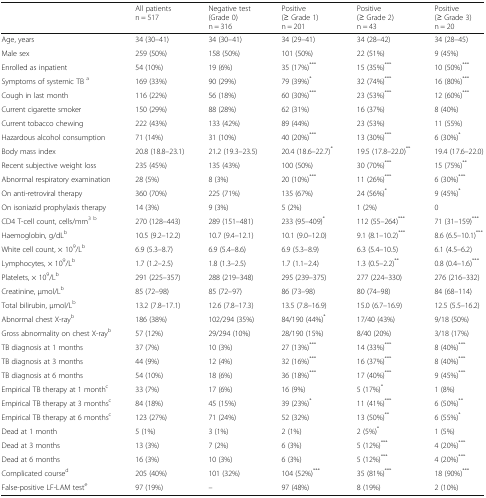
<table><thead><tr><td></td><td><b>All patientsn = 517</b></td><td><b>Negative test(Grade 0)n = 316</b></td><td><b>Positive(≥ Grade 1)n = 201</b></td><td><b>Positive(≥ Grade 2)n = 43</b></td><td><b>Positive(≥ Grade 3)n = 20</b></td></tr></thead><tbody><tr><td>Age, years</td><td>34 (30–41)</td><td>34 (30–41)</td><td>34 (29–41)</td><td>34 (28–42)</td><td>34 (28–45)</td></tr><tr><td>Male sex</td><td>259 (50%)</td><td>158 (50%)</td><td>101 (50%)</td><td>22 (51%)</td><td>9 (45%)</td></tr><tr><td>Enrolled as inpatient</td><td>54 (10%)</td><td>19 (6%)</td><td>35 (17%)<sup>***</sup></td><td>15 (35%)<sup>***</sup></td><td>10 (50%)<sup>***</sup></td></tr><tr><td>Symptoms of systemic TB <sup>a</sup></td><td>169 (33%)</td><td>90 (29%)</td><td>79 (39%)<sup>*</sup></td><td>32 (74%)<sup>***</sup></td><td>16 (80%)<sup>***</sup></td></tr><tr><td>Cough in last month</td><td>116 (22%)</td><td>56 (18%)</td><td>60 (30%)<sup>***</sup></td><td>23 (53%)<sup>***</sup></td><td>12 (60%)<sup>***</sup></td></tr><tr><td>Current cigarette smoker</td><td>150 (29%)</td><td>88 (28%)</td><td>62 (31%)</td><td>16 (37%)</td><td>8 (40%)</td></tr><tr><td>Current tobacco chewing</td><td>222 (43%)</td><td>133 (42%)</td><td>89 (44%)</td><td>23 (53%)</td><td>11 (55%)</td></tr><tr><td>Hazardous alcohol consumption</td><td>71 (14%)</td><td>31 (10%)</td><td>40 (20%)<sup>***</sup></td><td>13 (30%)<sup>***</sup></td><td>6 (30%)<sup>*</sup></td></tr><tr><td>Body mass index</td><td>20.8 (18.8–23.1)</td><td>21.2 (19.3–23.5)</td><td>20.4 (18.6–22.7)<sup>*</sup></td><td>19.5 (17.8–22.0)<sup>**</sup></td><td>19.4 (17.6–22.0)</td></tr><tr><td>Recent subjective weight loss</td><td>235 (45%)</td><td>135 (43%)</td><td>100 (50%)</td><td>30 (70%)<sup>***</sup></td><td>15 (75%)<sup>**</sup></td></tr><tr><td>Abnormal respiratory examination</td><td>28 (5%)</td><td>8 (3%)</td><td>20 (10%)<sup>***</sup></td><td>11 (26%)<sup>***</sup></td><td>6 (30%)<sup>***</sup></td></tr><tr><td>On anti-retroviral therapy</td><td>360 (70%)</td><td>225 (71%)</td><td>135 (67%)</td><td>24 (56%)<sup>*</sup></td><td>9 (45%)<sup>*</sup></td></tr><tr><td>On isoniazid prophylaxis therapy</td><td>14 (3%)</td><td>9 (3%)</td><td>5 (2%)</td><td>1 (2%)</td><td>0</td></tr><tr><td>CD4 T-cell count, cells/mm<sup>3</sup><sup>b</sup></td><td>270 (128–443)</td><td>289 (151–481)</td><td>233 (95–409)<sup>*</sup></td><td>112 (55–264)<sup>***</sup></td><td>71 (31–159)<sup>***</sup></td></tr><tr><td>Haemoglobin, g/dL<sup>b</sup></td><td>10.5 (9.2–12.2)</td><td>10.7 (9.4–12.1)</td><td>10.1 (9.0–12.0)</td><td>9.1 (8.1–10.2)<sup>***</sup></td><td>8.6 (6.5–10.1)<sup>***</sup></td></tr><tr><td>White cell count, × 10<sup>9</sup>/L<sup>b</sup></td><td>6.9 (5.3–8.7)</td><td>6.9 (5.4–8.6)</td><td>6.9 (5.3–8.9)</td><td>6.3 (5.4–10.5)</td><td>6.1 (4.5–6.2)</td></tr><tr><td>Lymphocytes, × 10<sup>9</sup>/L<sup>b</sup></td><td>1.7 (1.2–2.5)</td><td>1.8 (1.3–2.5)</td><td>1.7 (1.1–2.4)</td><td>1.3 (0.5–2.2)<sup>**</sup></td><td>0.8 (0.4–1.6)<sup>***</sup></td></tr><tr><td>Platelets, × 10<sup>9</sup>/L<sup>b</sup></td><td>291 (225–357)</td><td>288 (219–348)</td><td>295 (239–375)</td><td>277 (224–330)</td><td>276 (216–332)</td></tr><tr><td>Creatinine, μmol/L<sup>b</sup></td><td>85 (72–98)</td><td>85 (72–97)</td><td>86 (73–98)</td><td>80 (74–98)</td><td>84 (68–114)</td></tr><tr><td>Total bilirubin, μmol/L<sup>b</sup></td><td>13.2 (7.8–17.1)</td><td>12.6 (7.8–17.3)</td><td>13.5 (7.8–16.9)</td><td>15.0 (6.7–16.9)</td><td>12.5 (5.5–16.2)</td></tr><tr><td>Abnormal chest X-ray<sup>b</sup></td><td>186 (38%)</td><td>102/294 (35%)</td><td>84/190 (44%)<sup>*</sup></td><td>17/40 (43%)</td><td>9/18 (50%)</td></tr><tr><td>Gross abnormality on chest X-ray<sup>b</sup></td><td>57 (12%)</td><td>29/294 (10%)</td><td>28/190 (15%)</td><td>8/40 (20%)</td><td>3/18 (17%)</td></tr><tr><td>TB diagnosis at 1 months</td><td>37 (7%)</td><td>10 (3%)</td><td>27 (13%)<sup>***</sup></td><td>14 (33%)<sup>***</sup></td><td>8 (40%)<sup>***</sup></td></tr><tr><td>TB diagnosis at 3 months</td><td>44 (9%)</td><td>12 (4%)</td><td>32 (16%)<sup>***</sup></td><td>16 (37%)<sup>***</sup></td><td>8 (40%)<sup>***</sup></td></tr><tr><td>TB diagnosis at 6 months</td><td>54 (10%)</td><td>18 (6%)</td><td>36 (18%)<sup>***</sup></td><td>17 (40%)<sup>***</sup></td><td>9 (45%)<sup>***</sup></td></tr><tr><td>Empirical TB therapy at 1 month<sup>c</sup></td><td>33 (7%)</td><td>17 (6%)</td><td>16 (9%)</td><td>5 (17%)<sup>*</sup></td><td>1 (8%)</td></tr><tr><td>Empirical TB therapy at 3 months<sup>c</sup></td><td>84 (18%)</td><td>45 (15%)</td><td>39 (23%)<sup>*</sup></td><td>11 (41%)<sup>***</sup></td><td>6 (50%)<sup>**</sup></td></tr><tr><td>Empirical TB therapy at 6 months<sup>c</sup></td><td>123 (27%)</td><td>71 (24%)</td><td>52 (32%)</td><td>13 (50%)<sup>**</sup></td><td>6 (55%)<sup>*</sup></td></tr><tr><td>Dead at 1 month</td><td>5 (1%)</td><td>3 (1%)</td><td>2 (1%)</td><td>2 (5%)<sup>*</sup></td><td>1 (5%)</td></tr><tr><td>Dead at 3 months</td><td>13 (3%)</td><td>7 (2%)</td><td>6 (3%)</td><td>5 (12%)<sup>***</sup></td><td>4 (20%)<sup>***</sup></td></tr><tr><td>Dead at 6 months</td><td>16 (3%)</td><td>10 (3%)</td><td>6 (3%)</td><td>5 (12%)<sup>***</sup></td><td>4 (20%)<sup>***</sup></td></tr><tr><td>Complicated course<sup>d</sup></td><td>205 (40%)</td><td>101 (32%)</td><td>104 (52%)<sup>***</sup></td><td>35 (81%)<sup>***</sup></td><td>18 (90%)<sup>***</sup></td></tr><tr><td>False-positive LF-LAM test<sup>e</sup></td><td>97 (19%)</td><td>–</td><td>97 (48%)</td><td>8 (19%)</td><td>2 (10%)</td></tr></tbody></table>